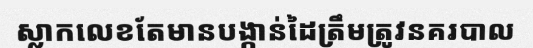
ស្លាកលេខតែមានបង្កាន់ដៃត្រឹមត្រូវនគរបាល